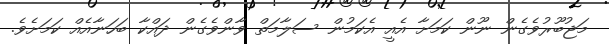
މަޖުބޫރުވެގެން ނޫން ކަމަށާ އެއީ އެކަމުން ސަލާމަތް ވާންވެގެން ދައްކާ ބަހަނާއެއް ކަމަށެވެ.